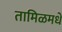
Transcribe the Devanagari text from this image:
तामिळमधे